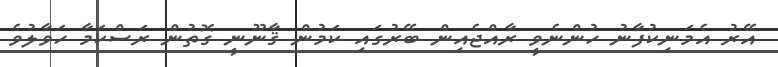
އޭރު އެމަނިކުފާނު ހުންނެވީ ރާއްޖެއިން ބޭރުގައި ކަމުން ޤާނޫނީ ގޮތުން ރަސްކަމާ ހަވާލުވެ